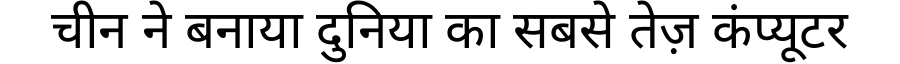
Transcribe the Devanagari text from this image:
चीन ने बनाया दुनिया का सबसे तेज़ कंप्यूटर